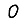
Digit: 0